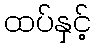
ထပ်နှင့်